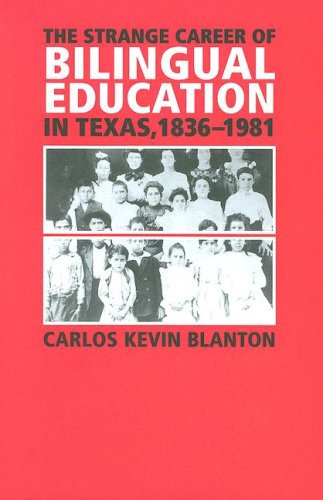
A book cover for The Strange Career of Bilingual Education in Texas, 1836-1981 (Fronteras Series, sponsored by Texas A&M International University); Carlos Kevin Blanton; History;